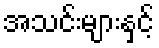
အသင်းများနှင့်